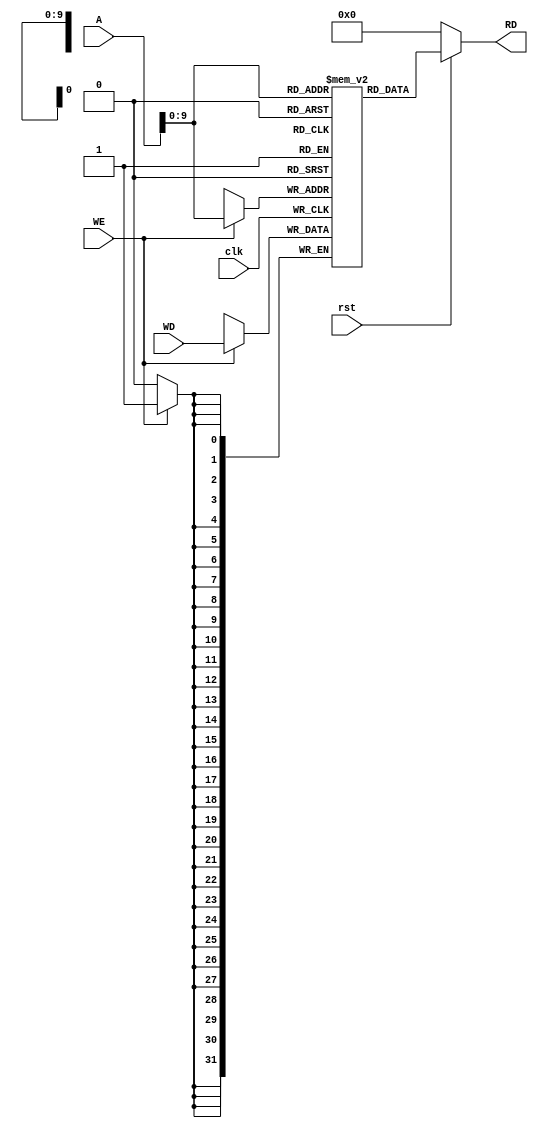
// Copyright 2023 MERL-DSU

//    Licensed under the Apache License, Version 2.0 (the "License");
//    you may not use this file except in compliance with the License.
//    You may obtain a copy of the License at

//        http://www.apache.org/licenses/LICENSE-2.0

//    Unless required by applicable law or agreed to in writing, software
//    distributed under the License is distributed on an "AS IS" BASIS,
//    WITHOUT WARRANTIES OR CONDITIONS OF ANY KIND, either express or implied.
//    See the License for the specific language governing permissions and
//    limitations under the License.

module Data_Memory(clk,rst,WE,WD,A,RD);

    input clk,rst,WE;
    input [31:0]A,WD;
    output [31:0]RD;

    reg [31:0] mem [1023:0];

    always @ (posedge clk)
    begin
        if(WE)
            mem[A] <= WD;
    end

    assign RD = (~rst) ? 32'd0 : mem[A];

    initial begin
        mem[0] = 32'h00000000;
        //mem[40] = 32'h00000002;
    end


endmodule